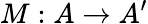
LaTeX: M:A\rightarrow A^{\prime}